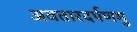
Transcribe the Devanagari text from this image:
अवतारदर्पणमु